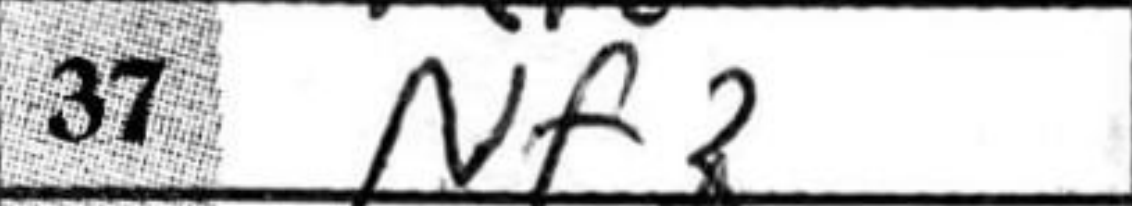
Transcription: Nf3